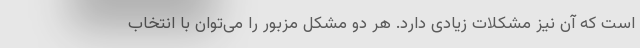
است که آن نیز مشکلات زیادی دارد. هر دو مشکل مزبور را می‌توان با انتخاب